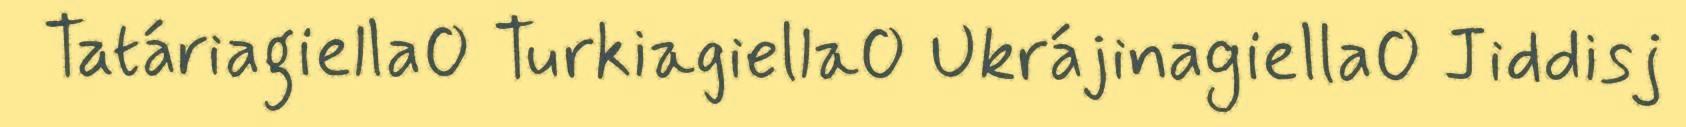
Tatáriagiella Turkiagiella Ukrájinagiella Jiddisj